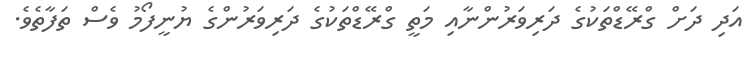
އަދި ދަށް ގްރޭޑްތަކުގެ ދަރިވަރުންނާއި މަތީ ގްރޭޑްތަކުގެ ދަރިވަރުންގެ ޔުނީފޯމު ވެސް ތަފާތެވެ.